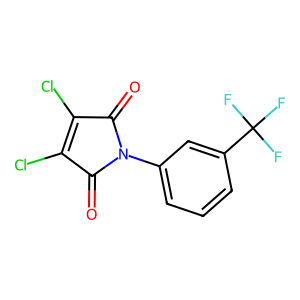
SMILES: O=C1C(Cl)=C(Cl)C(=O)N1c1cccc(C(F)(F)F)c1
Inhibits HIV replication: No